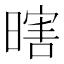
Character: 𱢜